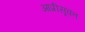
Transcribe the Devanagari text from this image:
आप्रीसूक्त